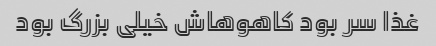
غذا سر بود کاهوهاش خیلی بزرگ بود